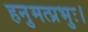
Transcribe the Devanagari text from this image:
हनुमत्प्रभुः।